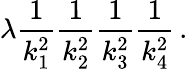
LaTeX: \lambda{\frac{1}{k_{1}^{2}}}{\frac{1}{k_{2}^{2}}}{\frac{1}{k_{3}^{2}}}{\frac{1}{k_{4}^{2}}}\, .